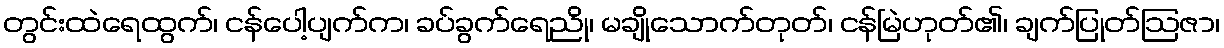
တွင်းထဲရေထွက်၊ ငန်ပေါ့ပျက်က၊ ခပ်ခွက်ရေညို၊ မချိုသောက်တုတ်၊ ငန်မြဲဟုတ်၏၊ ချက်ပြုတ်ဩဇာ၊